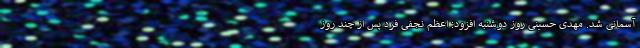
آسمانی شد. مهدی حسینی روز دوشنبه افزود: اعظم نجفی فرد پس از چند روز